Civil Veterinary Department Bihar & Orissa reports 1911-21 - 1911-1921
Year: 1911
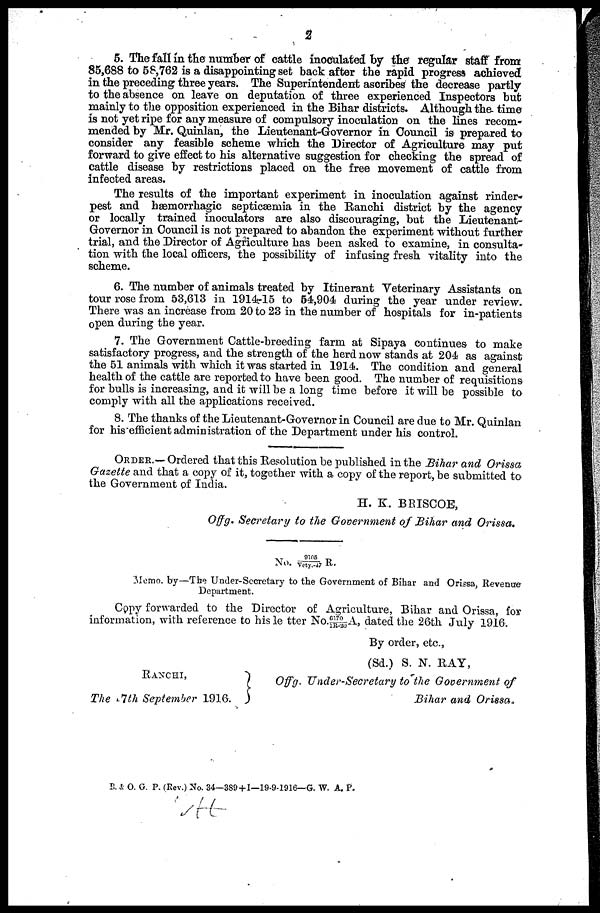
2
5. The fall in the number of cattle inoculated by the regular staff from
85,688 to 58,762 is a disappointing set back after the rapid progress achieved
in the preceding three years. The Superintendent ascribes the decrease partly
to the absence on leave on deputation of three experienced Inspectors but
mainly to the opposition experienced in the Bihar districts. Although the time
is not yet ripe for any measure of compulsory inoculation on the lines recom-
mended by Mr. Quinlan, the Lieutenant-Governor in Council is prepared to
consider any feasible scheme which the Director of Agriculture may put
forward to give effect to his alternative suggestion for checking the spread of
cattle disease by restrictions placed on the free movement of cattle from
infected areas.
The results of the important experiment in inoculation against rinder
pest and hæmorrhagic septicæmia in the Ranchi district by the agency
or locally trained inoculators are also discouraging, but the Lieutenant-
Governor in Council is not prepared to abandon the experiment without further
trial, and the Director of Agriculture has been asked to examine, in consulta-
tion with the local officers, the possibility of infusing fresh vitality into the
scheme.
6. The number of animals treated by Itinerant Veterinary Assistants on
tour rose from 53,613 in 1914-l5 to 54,904 during the year under review.
There was an increase from 20 to 23 in the number of hospitals for in-patients
open during the year.
7. The Government Cattle-breeding farm at Sipaya continues to make
satisfactory progress, and the strength of the herd now stands at 204 as against
the 51 animals with which it was started in 1914. The condition and general
health of the cattle are reported to have been good. The number of requisitions
for bulls is increasing, and it will be a long time before it will be possible to
comply with all the applications received.
8. The thanks of the Lieutenant-Governor in Council are due to Mr. Quinlan
for his efficient administration of the Department under his control.
ORDER.— Ordered that this Resolution be published in the Bihar and Orissa
Gazette and that a copy of it, together with a copy of the report, be submitted to
the Government of India.
H. K. BRISCOE,
Offg. Secretary to the Government of Bihar and Orissa.
No. 9105/Vety.-47 R.
Memo. by—The Under-Secretary to the Government of Bihar and Orissa, Revenue
Department.
Copy forwarded to the Director of Agriculture, Bihar and Orissa, for
information, with reference to his letter No. 6710/1R-20, dated the 26th July 1916.
By order, etc.,
(Sd.) S. N. RAY,
RANCHI,
The 7th September 1916.
Offg. Under-Secretary to the Government of
Bihar and Orissa
B. & O. G. P. (Rev.) No. 34—339 + 1—19-9-1916— G. W. A. P.